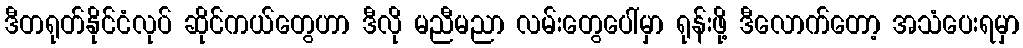
ဒီတရုတ်နိုင်ငံလုပ် ဆိုင်ကယ်တွေဟာ ဒီလို မညီမညာ လမ်းတွေပေါ်မှာ ရုန်းဖို့ ဒီလောက်တော့ အသံပေးရမှာ